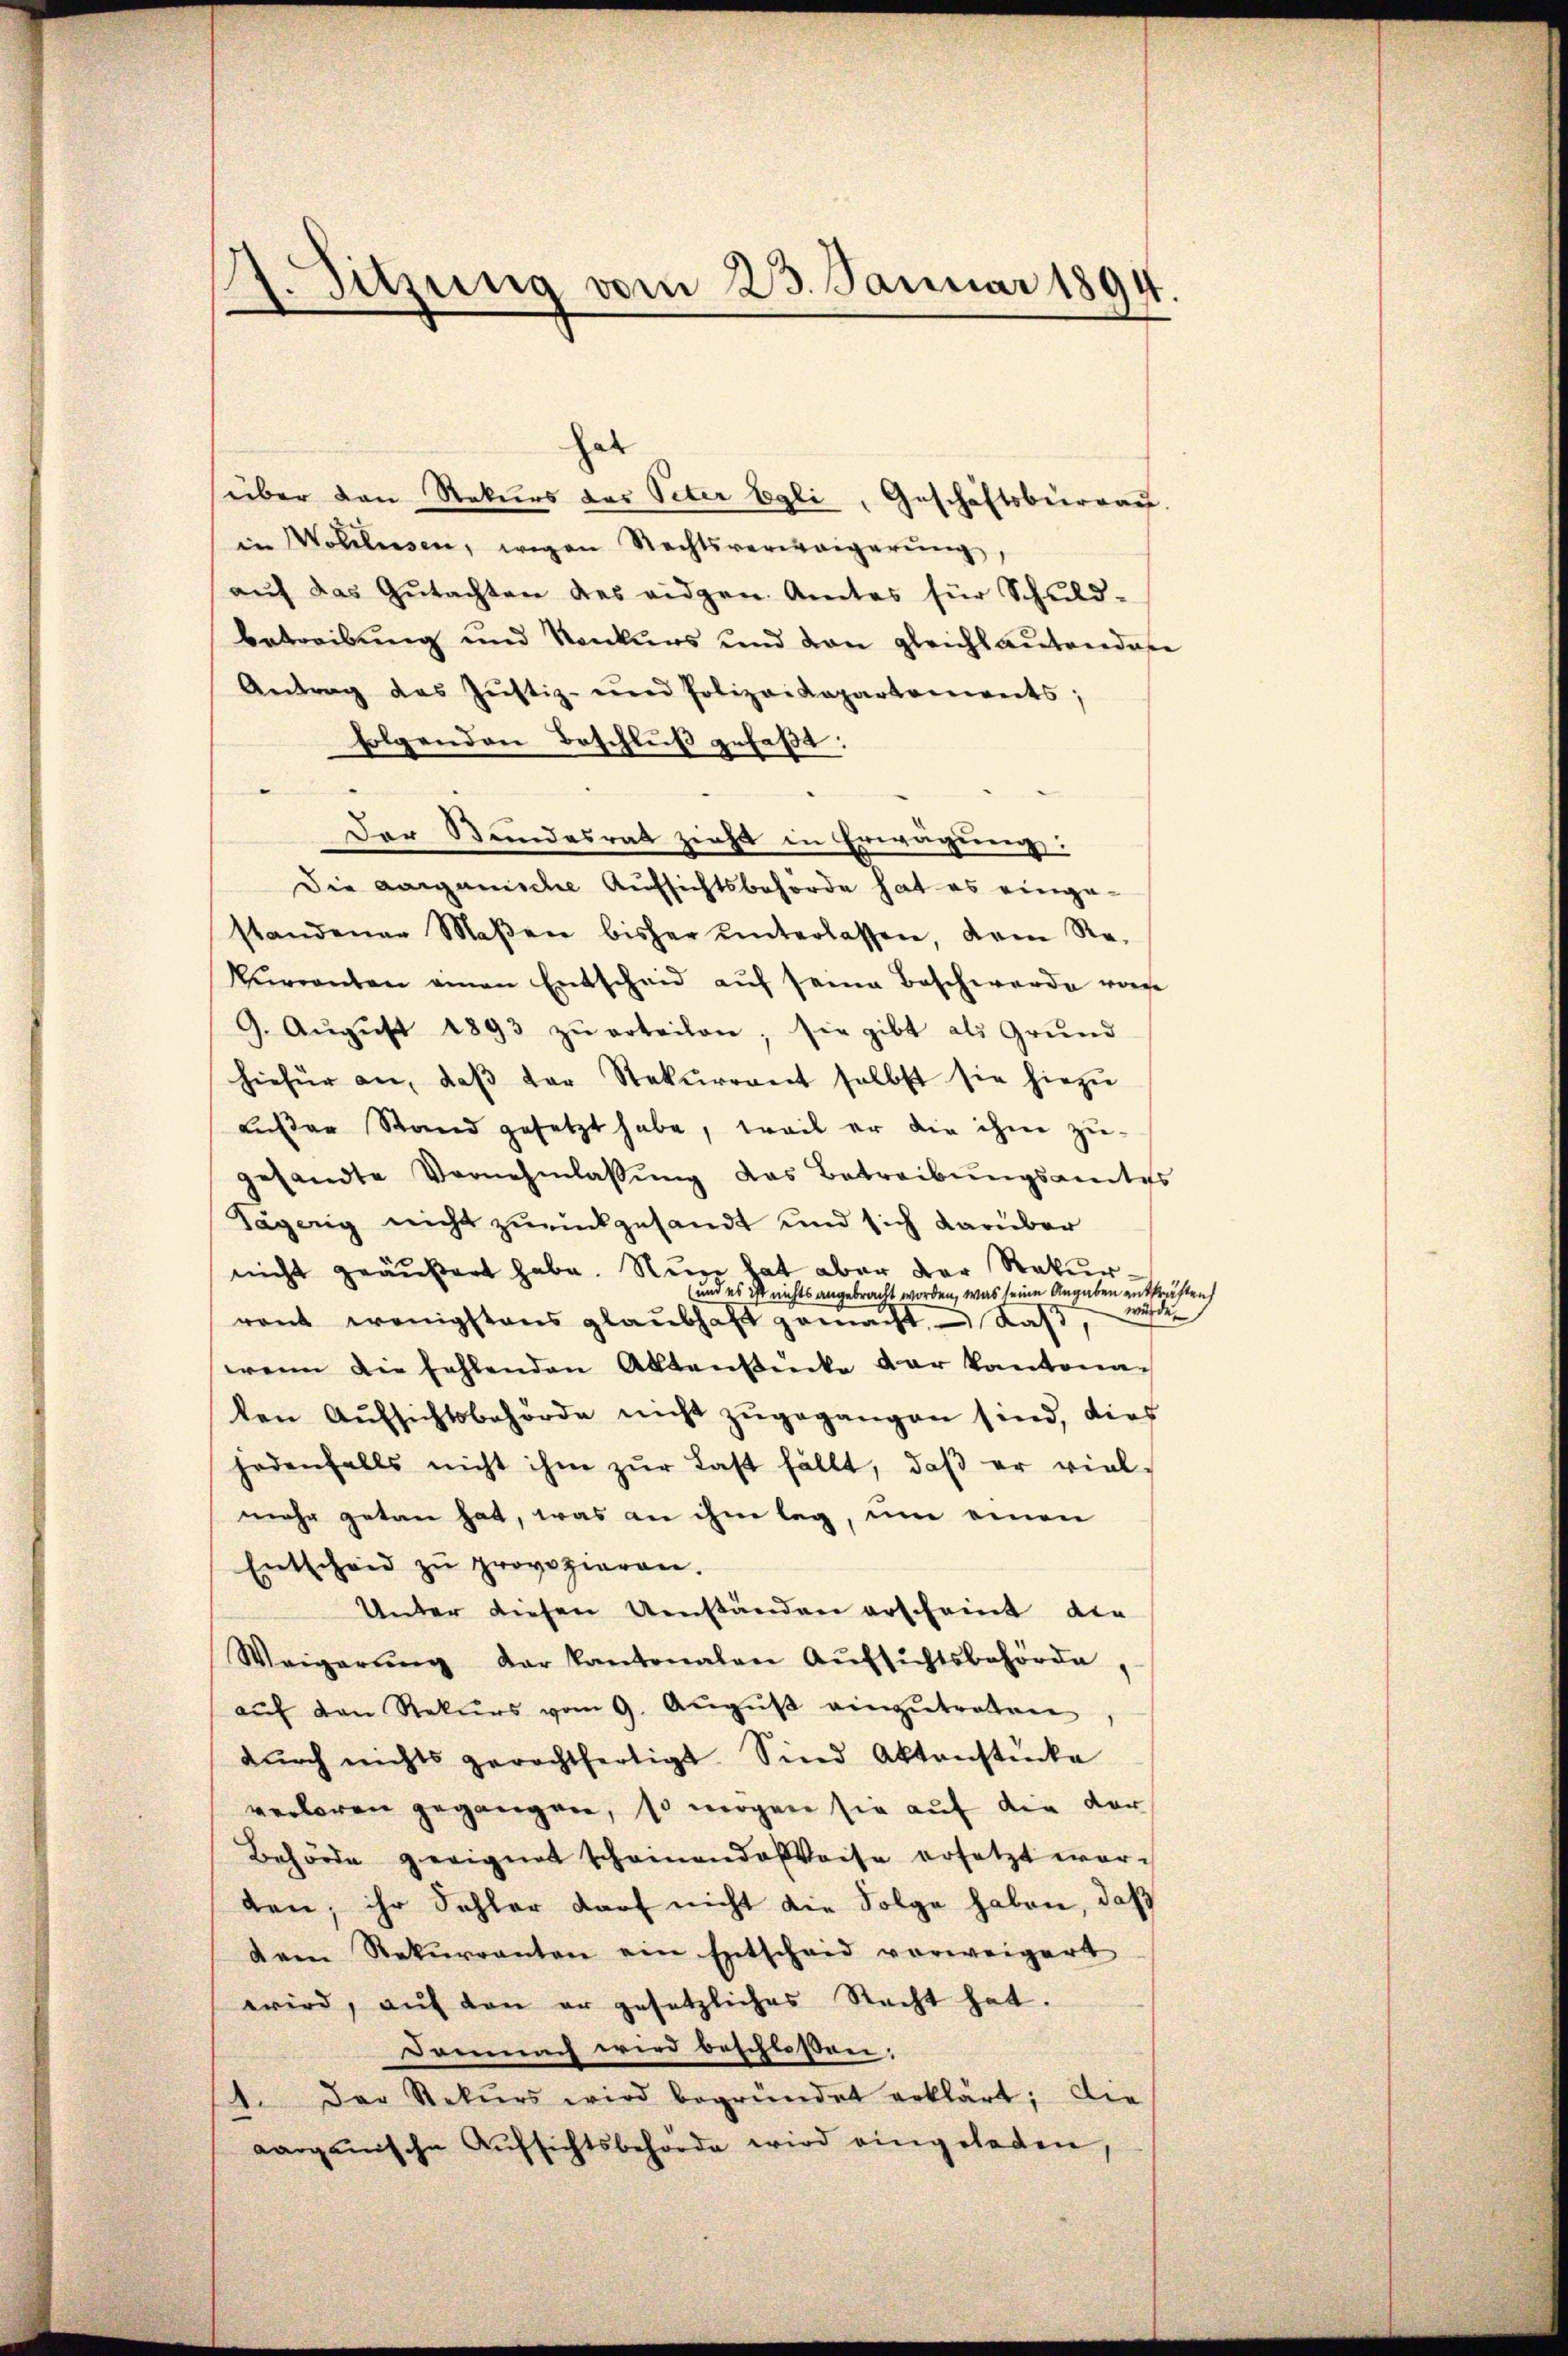
7. Sitzung vom 23. Januar 1894.

hat
über den Rekurs des Peter Egli, Geschäftsburgau
in Wohlesen, wegen Rechtsverweigerŭng,
aŭf das Gutachten des eidgen. Amtes für Schuld-
betreibung und Konkurs und von gleichlautenden
Antrag des Jŭstiz- und Polizeikopartenwerts,
folgenden Beschlŭβ gefaßt:
Der Bundesrat zieht in Erwägung:
Die aarganische Aufsichtsbehörde hat es eingestandener Maβen bisher unterlassen, dem Re-
kŭrrenten einen Entscheid aŭf seine Beschwerde vorge
9. Aŭgŭst 1893 zŭ erteilen; sie gibt als Grŭnd
hiefür an, daβ der Rekurrent selbst sie hiezŭ
ausser Stand gesetzt habe, weil er die ihm zu-
gesandte Vernehmlassŭng das Betreibŭngsamtes
Sägerig nicht zurückgesandt und sich darüber
nicht geäußert habe. Nun hat aber der Rekur
und es ist nichts angebracht worden, was seine Angaben entkräften
würde.
ront wenigstens glaubhaft gemacht, daß
wenn die fehlenden Aktenstücke der kantona-
len Aŭfsichtsbehörde nicht zŭgegangen sind, dies
jedenfalls nicht ihm zŭr Last fällt, daβ er viel-
mehr getan hat, was an ihm lag, um einen
Entscheid zŭ provozieren.
Unter diesen Umständen erscheint der
Weigerŭng der kantonalen Aŭfsichtsbehörde,
aŭf den Rekurs vom 9. August einzutreten
dŭrch nichts gerechtfertigt. Sind Aktenstücke
verloren gegangen, so mögen sie auf die vor
Behörde geeignet scheinande Weise ersetzt worten, ihr Sohler darf nicht die Folge haben, daß
dem Rekŭrranten ein Entscheid vorweigert
wird, auf den er gesetzliches Nacht hat.
Demnach wird beschlossen:
1. Der Rekurs wird begründet erklärt; die
aargauische Aŭfsichtsbehörde wird eingeladen,